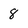
Character: 8